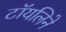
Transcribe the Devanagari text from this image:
टॉयलिने